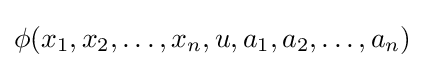
\phi (x_{1},x_{2},\dots ,x_{n},u,a_{1},a_{2},\dots ,a_{n})